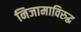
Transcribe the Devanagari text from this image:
निजामाविरुद्ध